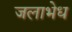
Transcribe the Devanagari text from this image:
जलाभेध